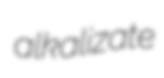
alkalizate